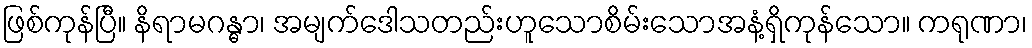
ဖြစ်ကုန်ပြီ။ နိရာမဂန္ဓာ၊ အမျက်ဒေါသတည်းဟူသောစိမ်းသောအနံ့ရှိကုန်သော။ ကရုဏာ၊